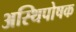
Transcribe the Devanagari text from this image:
अस्थिपोषक